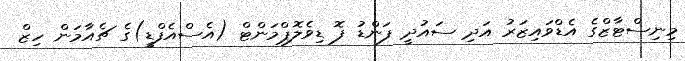
މިނިސްޓާޒްގެ އެޑްވައިޒަރު އަދި ސައުދީ ފަންޑު ފޮ ޑިވެލޮޕްމަންޓް (އެސްއެފްޑީ)ގެ ޗެއާމަން ހިޒް